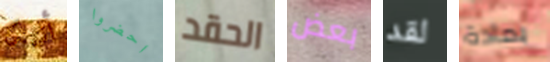
أنيكا احضروا الحقد بعض لقد بمادة